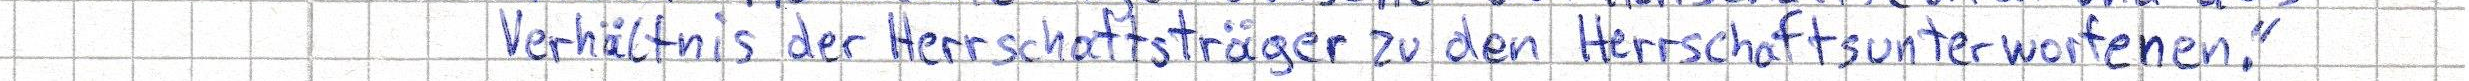
Verhältnis der Herrschaftsträger zu den Herrschaftsunterworfenen."